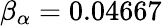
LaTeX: \beta_{\alpha}=0.04667